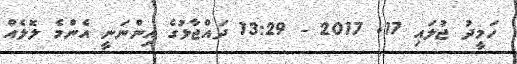
ހަމީދު ޖުލައި 17